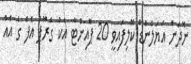
ނޮދަން އަޔަލެންޑް ކޮލިފައިވީ 20 ޕޮއިންޓާ އެކު ގްރޫޕް އެފް ގެ އެއް